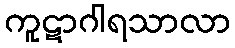
ကူဋာဂါရသာလာ